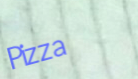
Pizza